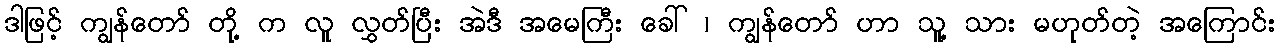
ဒါဖြင့် ကျွန်တော် တို့ က လူ လွှတ်ပြီး အဲဒီ အမေကြီး ခေါ် ၊ ကျွန်တော် ဟာ သူ့ သား မဟုတ်တဲ့ အကြောင်း